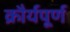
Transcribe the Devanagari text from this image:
क्रौर्यपूर्ण